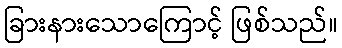
ခြားနားသောကြောင့် ဖြစ်သည်။